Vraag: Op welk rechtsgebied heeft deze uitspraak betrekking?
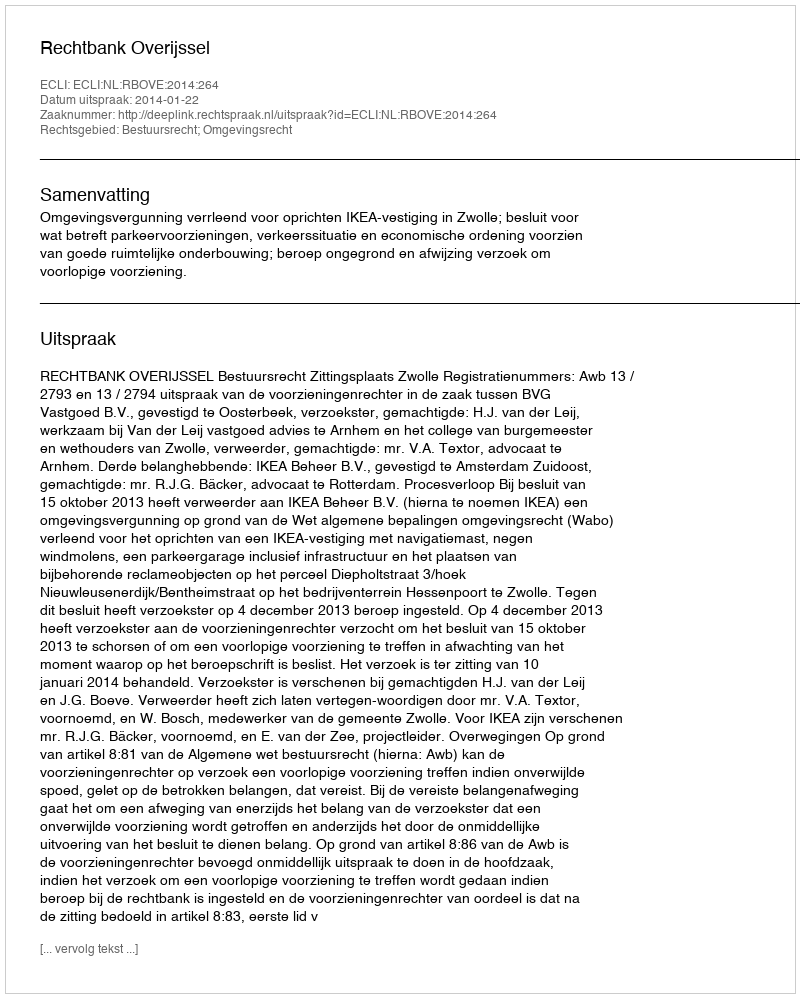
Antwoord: Bestuursrecht; Omgevingsrecht